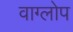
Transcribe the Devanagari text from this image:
वाग्लोप